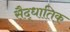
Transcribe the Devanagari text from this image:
सैद्धातिक